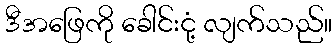
ဒီအဖြေကို ခေါင်းငုံ့ လျက်သည်။